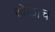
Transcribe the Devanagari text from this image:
खेळाच